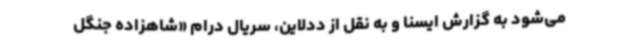
می‌شود به گزارش ایسنا و به نقل از ددلاین، سریال درام «شاهزاده جنگل